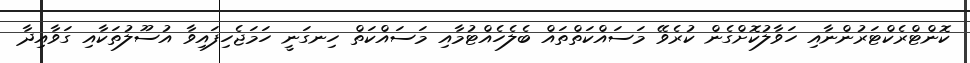
ކޮންޓްރެކްޓަރުންނާއި ހަވާލުކޮށްގެން ކުރެވޭ މަސައްކަތްތައް ބެލެހެއްޓުމާއި މަސައްކަތް ހިނގަނީ ހަމަޖެހިފައިވާ އުސޫލުތަކާއި ގަވާއިދާ